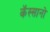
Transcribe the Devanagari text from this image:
कॅस्सानो